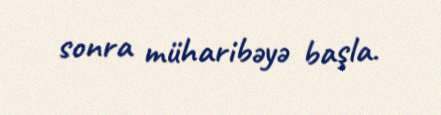
sonra müharibəyə başla.